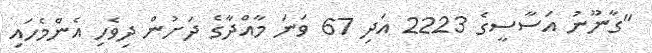
"ގާނޫނު އަސާސީގެ 2223 އަދި 67 ވަނަ މާއްދާގެ ދަށުން ދިވެހި އެންމެހައި